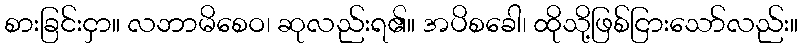
စားခြင်းငှာ။ လဘာမိစေဝ၊ ဆုလည်းရ၏။ အပိစခေါ၊ ထိုသို့ဖြစ်ငြားသော်လည်း။